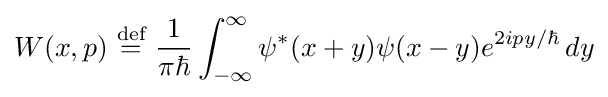
W(x,p)~{\stackrel {\text{def}}{=}}~{\frac {1}{\pi \hbar }}\int _{-\infty }^{\infty }\psi ^{*}(x+y)\psi (x-y)e^{2ipy/\hbar }\,dy